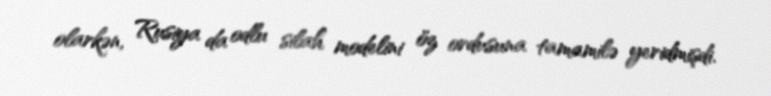
olarkən, Rusiya da odlu silah modelini öz ordusuna tamamilə yeridmişdi.